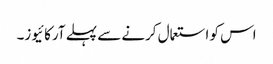
اس کو استعمال کرنے سے پہلے آرکائیوز۔